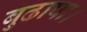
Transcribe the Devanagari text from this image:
बुढापा।